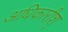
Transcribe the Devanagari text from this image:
अधिकारीश्